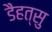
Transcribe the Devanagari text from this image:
डैहत्सु